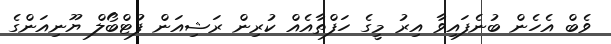
ވެބް އެހެން ބުނެފައިވާ އިރު މީގެ ހަފްތާއެއް ކުރިން ރަޝިއަން ފުޓްބޯލް ޔޫނިއަންގެ